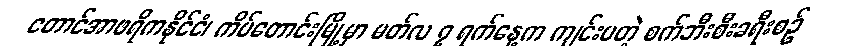
တောင်အာဖရိကနိုင်ငံ၊ ကိပ်တောင်းမြို့မှာ မတ်လ ၇ ရက်နေ့က ကျင်းပတဲ့ စက်ဘီးစီးခရီးစဉ်